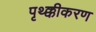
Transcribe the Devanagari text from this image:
पृथ्क्कीकरण